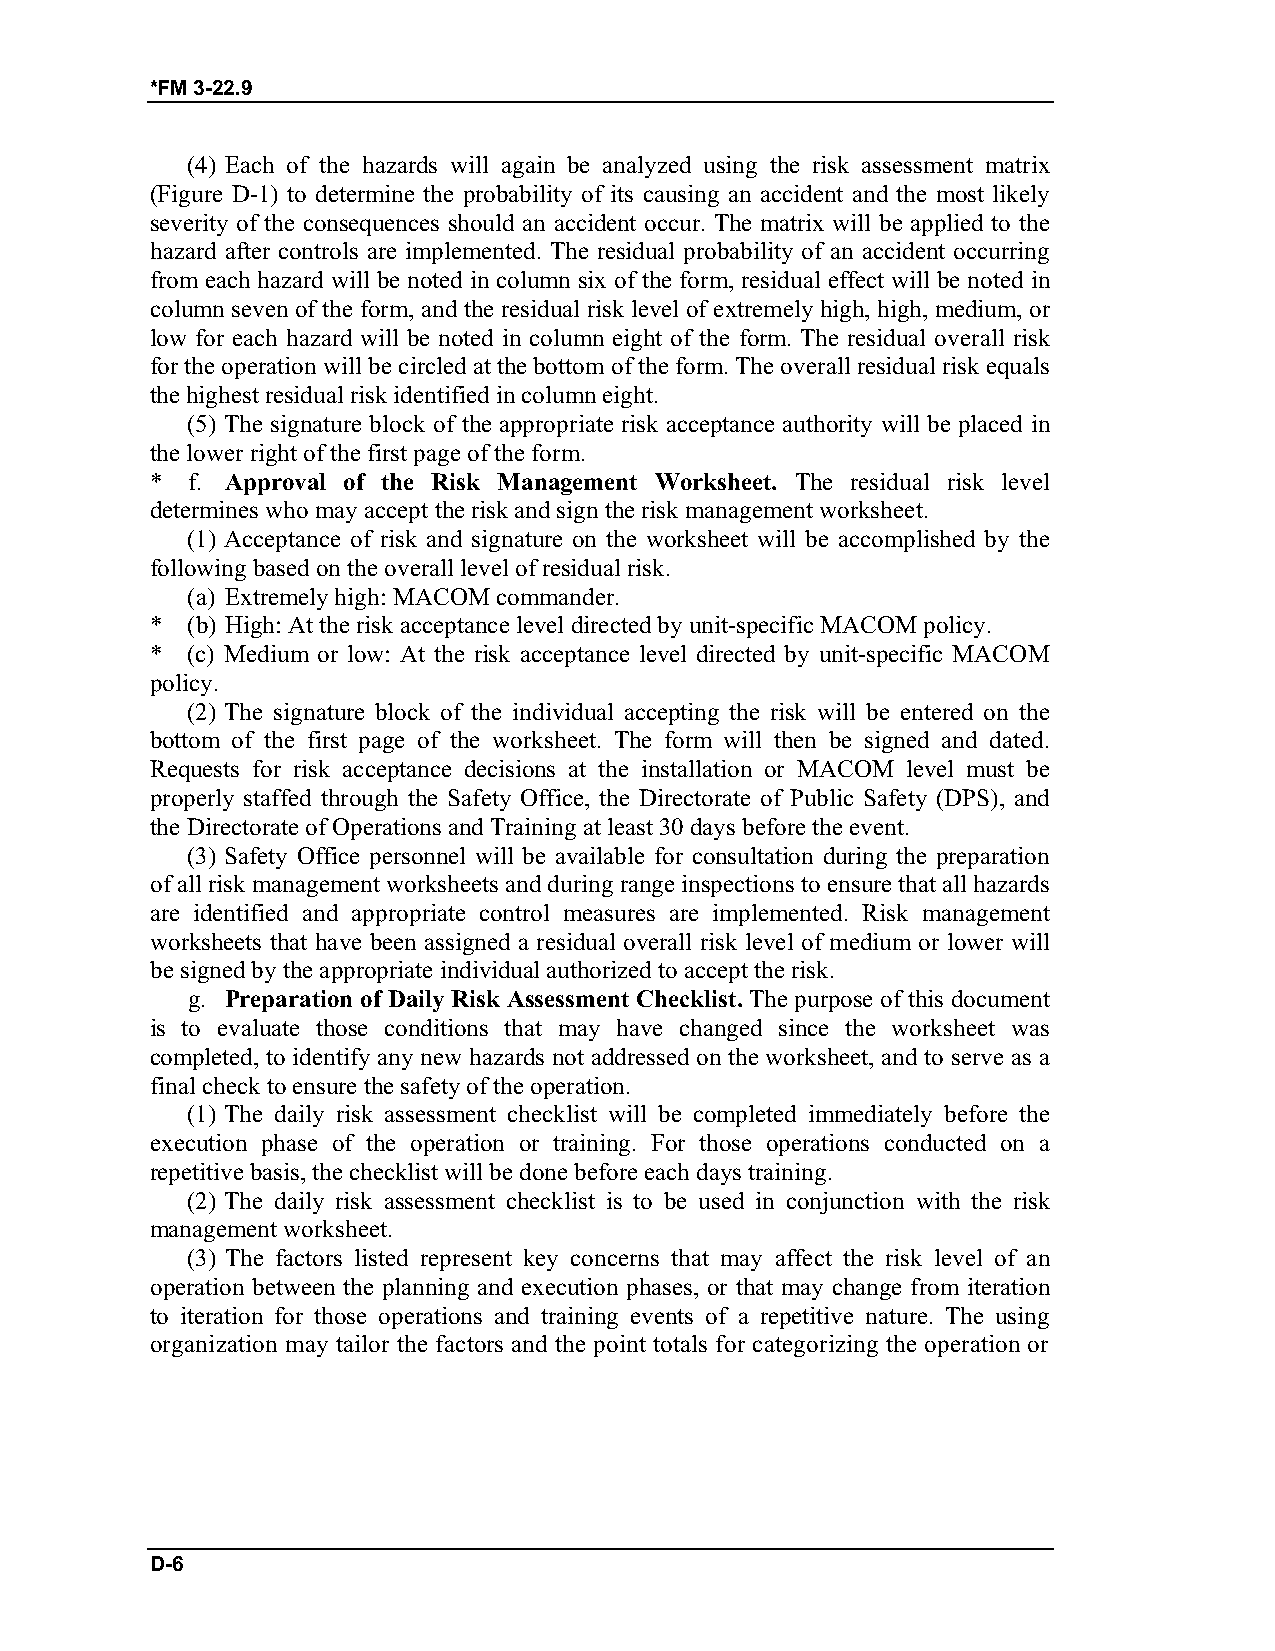
*FM 3-22.9
 (4) Each of the hazards will again be analyzed using the risk assessment matrix
 (Figure D-1) to determine the probability of its causing an accident and the most likely
 severity of the consequences should an accident occur. The matrix will be applied to the
 hazard after controls are implemented. The residual probability of an accident occurring
 from each hazard will be noted in column six of the form, residual effect will be noted in
 column seven of the form, and the residual risk level of extremely high, high, medium, or
 low for each hazard will be noted in column eight of the form. The residual overall risk
 for the operation will be circled at the bottom of the form. The overall residual risk equals
 the highest residual risk identified in column eight.
 (5) The signature block of the appropriate risk acceptance authority will be placed in
 the lower right of the first page of the form.
 * f. Approval of the Risk Management Worksheet. The residual risk level
 determines who may accept the risk and sign the risk management worksheet.
 (1) Acceptance of risk and signature on the worksheet will be accomplished by the
 following based on the overall level of residual risk.
 (a) Extremely high: MACOM commander.
 * (b) High: At the risk acceptance level directed by unit-specific MACOM policy.
 * (c) Medium or low: At the risk acceptance level directed by unit-specific MACOM
 policy.
 (2) The signature block of the individual accepting the risk will be entered on the
 bottom of the first page of the worksheet. The form will then be signed and dated.
 Requests for risk acceptance decisions at the installation or MACOM level must be
 properly staffed through the Safety Office, the Directorate of Public Safety (DPS), and
 the Directorate of Operations and Training at least 30 days before the event.
 (3) Safety Office personnel will be available for consultation during the preparation
 of all risk management worksheets and during range inspections to ensure that all hazards
 are identified and appropriate control measures are implemented. Risk management
 worksheets that have been assigned a residual overall risk level of medium or lower will
 be signed by the appropriate individual authorized to accept the risk.
 g. Preparation of Daily Risk Assessment Checklist. The purpose of this document
 is to evaluate those conditions that may have changed since the worksheet was
 completed, to identify any new hazards not addressed on the worksheet, and to serve as a
 final check to ensure the safety of the operation.
 (1) The daily risk assessment checklist will be completed immediately before the
 execution phase of the operation or training. For those operations conducted on a
 repetitive basis, the checklist will be done before each days training.
 (2) The daily risk assessment checklist is to be used in conjunction with the risk
 management worksheet.
 (3) The factors listed represent key concerns that may affect the risk level of an
 operation between the planning and execution phases, or that may change from iteration
 to iteration for those operations and training events of a repetitive nature. The using
 organization may tailor the factors and the point totals for categorizing the operation or
 D-6